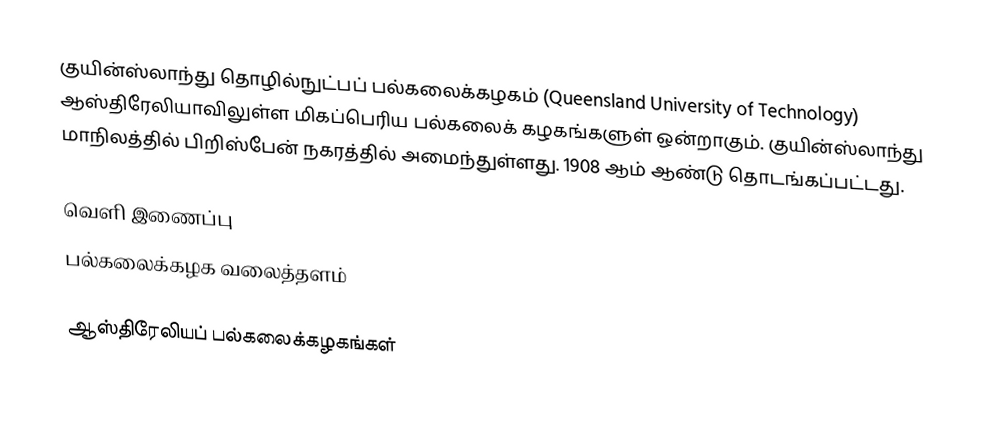
குயின்ஸ்லாந்து தொழில்நுட்பப் பல்கலைக்கழகம் (Queensland University of Technology) ஆஸ்திரேலியாவிலுள்ள மிகப்பெரிய பல்கலைக் கழகங்களுள் ஒன்றாகும். குயின்ஸ்லாந்து மாநிலத்தில் பிறிஸ்பேன் நகரத்தில் அமைந்துள்ளது. 1908 ஆம் ஆண்டு தொடங்கப்பட்டது.

வெளி இணைப்பு
 பல்கலைக்கழக வலைத்தளம்

ஆஸ்திரேலியப் பல்கலைக்கழகங்கள்